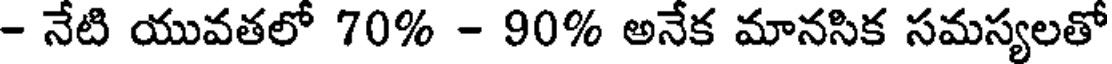
- నేటి యువతలో 70% - 90% అనేక మానసిక సమస్యలతో